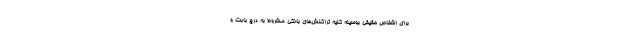
برای اشخاص حقیقی بوسیله کلیه تراکنش‌های بانکی مشروط به درج بابت و